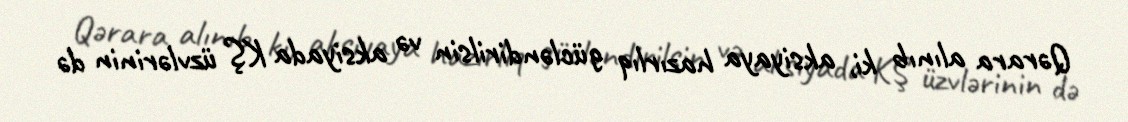
Qərara alınıb ki, aksiyaya hazırlıq gücləndirilsin və aksiyada KŞ üzvlərinin də